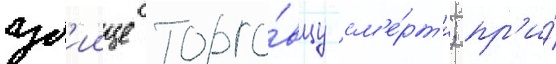
уб'иице торго́вцу см'е́рт'и; пр'и́